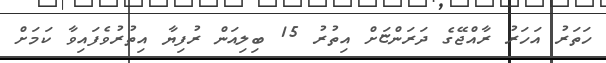
ހަތަރު އަހަރު ރާއްޖޭގެ ދަރަންޏަށް އިތުރު 15 ބިލިއަން ރުފިޔާ އިތުރުވެފައިވާ ކަމަށް